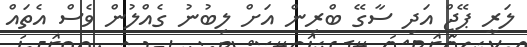
ލަރީ ޕޭޖް އަދި ސާގޭ ބްރިން އަށް ލިބުނު ގެއްލުން ވެސް އެތައް